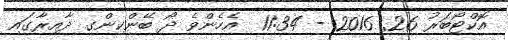
އޮކްޓޯބަރު 26